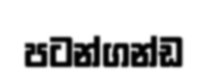
පටන්ගන්ඩ